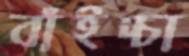
বাঁইচ্চা